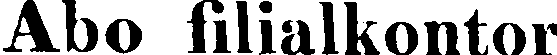
Abo filialkontor